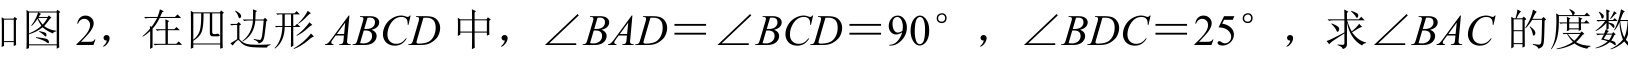
如图 2，在四边形\(ABCD\)中，\(\angle BAD=\angle BCD = 90^{\circ}\)，\(\angle BDC = 25^{\circ}\)，求\(\angle BAC\)的度数